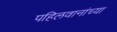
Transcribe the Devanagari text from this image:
पहिलवानांच्या